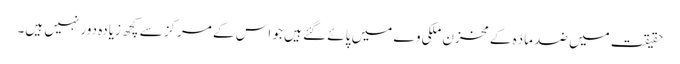
حقیقت میں ضد مادّہ کے مخزن ملکی وے میں پائے گئے ہیں جو اس کے مرکز سے کچھ زیادہ دور نہیں ہیں۔